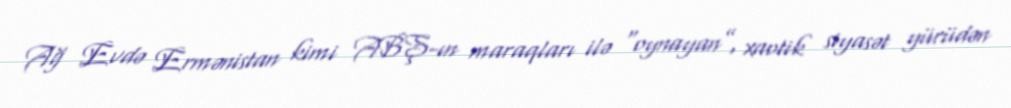
Ağ Evdə Ermənistan kimi ABŞ-ın maraqları ilə “oynayan”, xaotik siyasət yürüdən